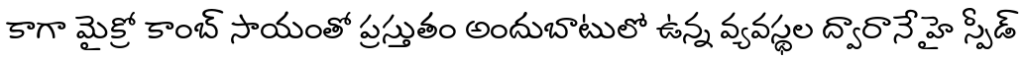
కాగా మైక్రో కాంబ్ సాయంతో ప్రస్తుతం అందుబాటులో ఉన్న వ్యవస్థల ద్వారానే హై స్పీడ్